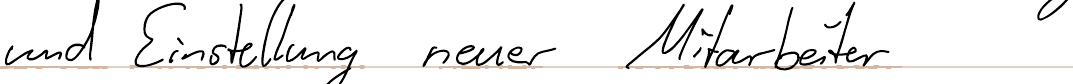
und Einstellung neuer Mitarbeiter